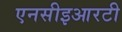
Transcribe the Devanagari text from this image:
एनसीइआरटी